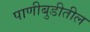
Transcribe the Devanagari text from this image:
पाणीबुडीतील